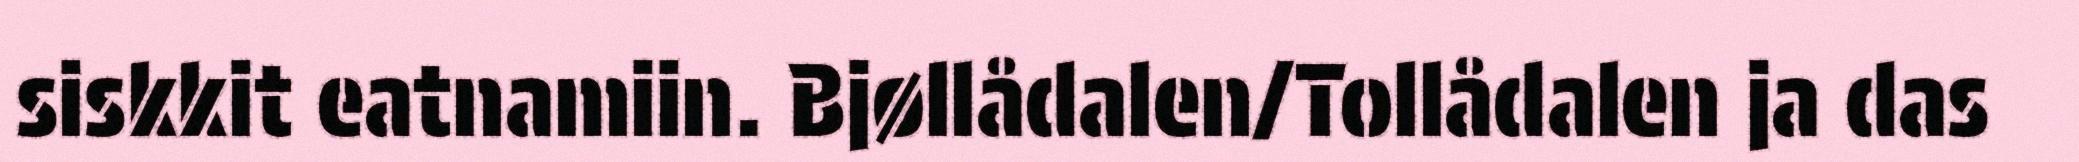
siskkit eatnamiin. Bjøllådalen/Tollådalen ja das